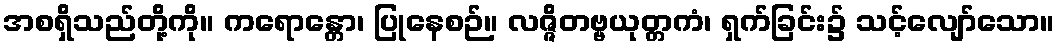
အစရှိသည်တို့ကို။ ကရောန္တော၊ ပြုနေစဉ်။ လဇ္ဇိတဗ္ဗယုတ္တကံ၊ ရှက်ခြင်း၌ သင့်လျော်သော။